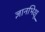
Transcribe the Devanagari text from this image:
ज्ञानभिक्षू